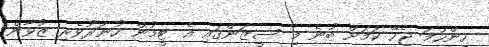
ހިންހަމަ ޖެހޭ ކަމަށް ބުނެ މި ސީޒަންގައި އެ ޓީމުން ހުނަރުވެރި ޒުވާން